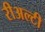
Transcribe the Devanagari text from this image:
रीअल्टी